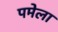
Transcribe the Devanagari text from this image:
पमेला